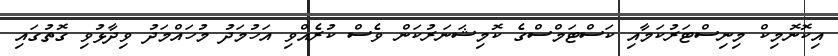
އިކޮނޮމިކް މިނިސްޓަރުކަމާއި ކަސްޓަމްސްގެ ކޮމިޝަނަރުކަން ވެސް ކުރެއްވި އަހުމަދު މުހައްމަދު ވިދާޅުވި ގޮތުގައި